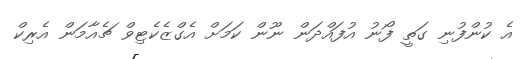
އެ ކުންފުނި ގަތީ ފޯނު އުފައްދަން ނޫން ކަމަށް އެގްޒެކެޓިވް ޗެއާމަން އެރިކް